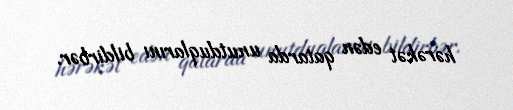
hərəkət edən qatarda unutduqlarını bildirbər.